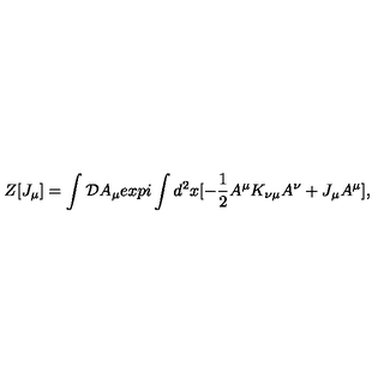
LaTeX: Z [ J _ { \mu } ] = \int { \cal D } A _ { \mu } e x p i \int d ^ { 2 } x [ - { \frac { 1 } { 2 } } A ^ { \mu } K _ { \nu \mu } A ^ { \nu } + J _ { \mu } A ^ { \mu } ] ,